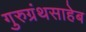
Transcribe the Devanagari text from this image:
गुरुग्रंथसाहेब